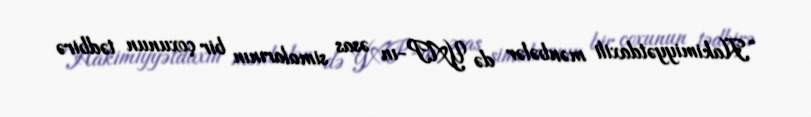
“Hakimiyyətdaxili mənbələr də YAP-ın əsas simalarının bir çoxunun tədbirə